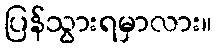
ပြန်သွားရမှာလား။